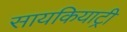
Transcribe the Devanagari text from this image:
सायकियाट्री